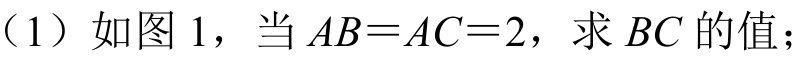
（1）如图 1，当\(AB = AC = 2\)，求 \(BC\) 的值；